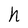
Character: h